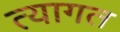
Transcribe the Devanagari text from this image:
त्यागत